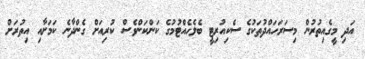
އަދި މީގެއިތުރުން މިސަރަހައްދުތަކުގެ ސެކިއުރިޓީ ބެލެހެއްޓުމުގެ ކަންކަންވެސް ކުރިއަށް ގެންދާނެ ކަމަށާއި އިތުރަށް